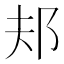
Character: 邞